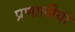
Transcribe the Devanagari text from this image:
प्रणालीयो